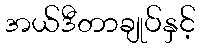
အယ်ဒီတာချုပ်နှင့်